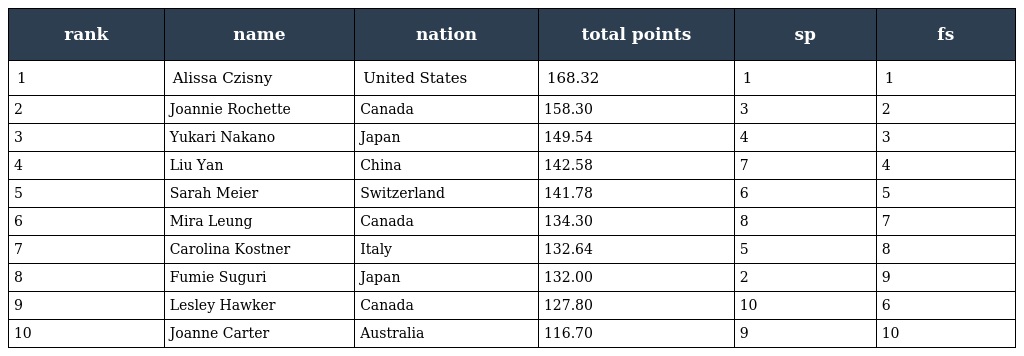
| rank | name | nation | total points | sp | fs |
 | --- | --- | --- | --- | --- | --- |
 | 1 | Alissa Czisny | United States | 168.32 | 1 | 1 |
 | 2 | Joannie Rochette | Canada | 158.30 | 3 | 2 |
 | 3 | Yukari Nakano | Japan | 149.54 | 4 | 3 |
 | 4 | Liu Yan | China | 142.58 | 7 | 4 |
 | 5 | Sarah Meier | Switzerland | 141.78 | 6 | 5 |
 | 6 | Mira Leung | Canada | 134.30 | 8 | 7 |
 | 7 | Carolina Kostner | Italy | 132.64 | 5 | 8 |
 | 8 | Fumie Suguri | Japan | 132.00 | 2 | 9 |
 | 9 | Lesley Hawker | Canada | 127.80 | 10 | 6 |
 | 10 | Joanne Carter | Australia | 116.70 | 9 | 10 |